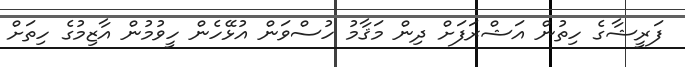
ފަރީޝާގެ ހިތުން އަޝްރަފަށް ދިން މަޤާމު ހުސްވަން އުޅޭހެން ހީވުމުން އާޒިމުގެ ހިތަށް